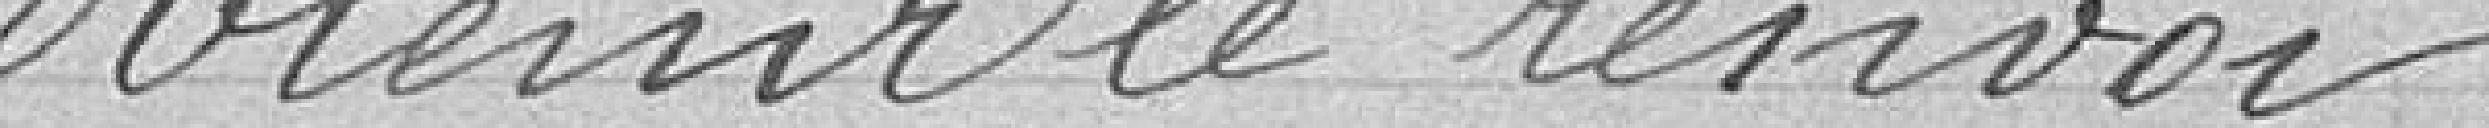
obtenir le renvoi